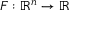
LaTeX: F : \mathbb { R } ^ { n } \to \mathbb { R }